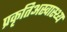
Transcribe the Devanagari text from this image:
प्रकृतिअस्वास्थ्य